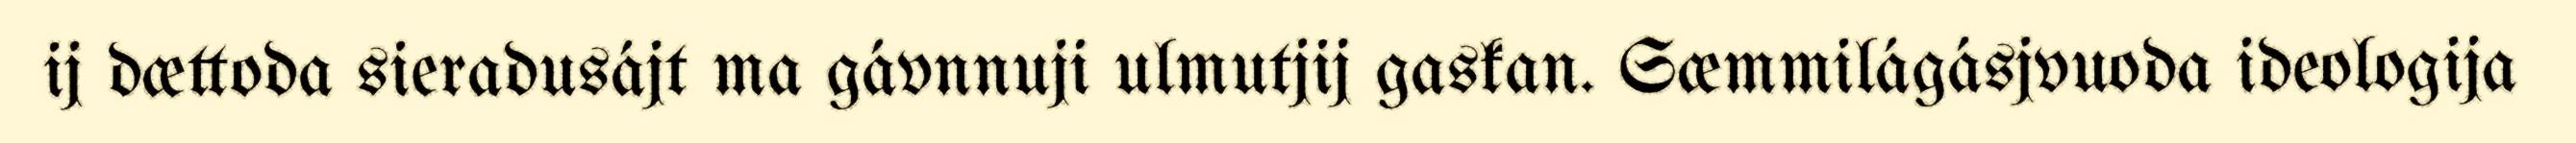
ij dættoda sieradusájt ma gávnnuji ulmutjij gaskan. Sæmmilágásjvuoda ideologija